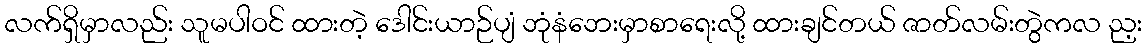
လက်ရှိမှာလည်း သူမပါဝင် ထားတဲ့ ဒေါင်းယာဉ်ပျံ ဘုံနံဘေးမှာစာရေးလို့ ထားချင်တယ် ဇာတ်လမ်းတွဲကလ ည့း